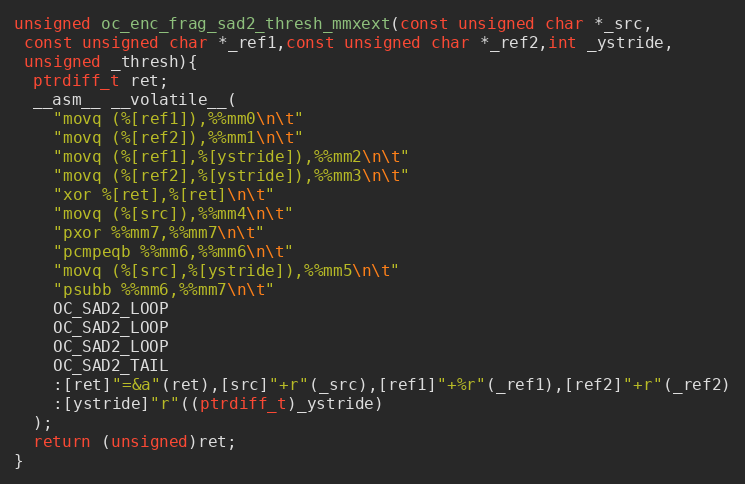
Language: C
unsigned oc_enc_frag_sad2_thresh_mmxext(const unsigned char *_src,
 const unsigned char *_ref1,const unsigned char *_ref2,int _ystride,
 unsigned _thresh){
  ptrdiff_t ret;
  __asm__ __volatile__(
    "movq (%[ref1]),%%mm0\n\t"
    "movq (%[ref2]),%%mm1\n\t"
    "movq (%[ref1],%[ystride]),%%mm2\n\t"
    "movq (%[ref2],%[ystride]),%%mm3\n\t"
    "xor %[ret],%[ret]\n\t"
    "movq (%[src]),%%mm4\n\t"
    "pxor %%mm7,%%mm7\n\t"
    "pcmpeqb %%mm6,%%mm6\n\t"
    "movq (%[src],%[ystride]),%%mm5\n\t"
    "psubb %%mm6,%%mm7\n\t"
    OC_SAD2_LOOP
    OC_SAD2_LOOP
    OC_SAD2_LOOP
    OC_SAD2_TAIL
    :[ret]"=&a"(ret),[src]"+r"(_src),[ref1]"+%r"(_ref1),[ref2]"+r"(_ref2)
    :[ystride]"r"((ptrdiff_t)_ystride)
  );
  return (unsigned)ret;
}